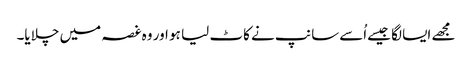
مجھے ایسا لگا جیسےاُسےسانپ نے کاٹ لیا ہو اور وہ غصہ میں چلایا۔